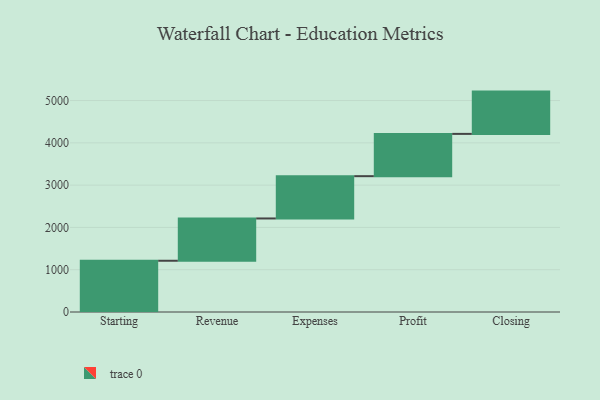
{"axis": {"x": "Step", "y": "Value"}, "legend": [""], "data": [{"x": "Starting", "y": 1212.0, "type": ""}, {"x": "Revenue", "y": 1000, "type": ""}, {"x": "Expenses", "y": 1000, "type": ""}, {"x": "Profit", "y": 1000, "type": ""}, {"x": "Closing", "y": 1000, "type": ""}]}